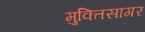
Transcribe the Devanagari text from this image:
मुक्तिसागर